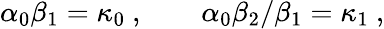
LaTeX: \alpha_{0}\beta_{1}=\kappa_{0}\ ,\qquad\alpha_{0}\beta_{2}/\beta_{1}=\kappa_{1}\ ,